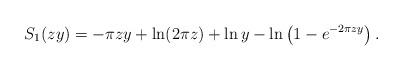
LaTeX: \begin{align*}S_1 (zy ) = - \pi zy + \ln (2\pi z) + \ln y - \ln \left( {1 - e^{ - 2\pi zy } } \right).\end{align*}